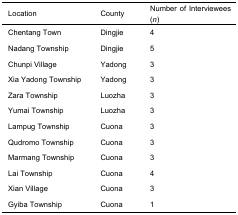
<table><thead><tr><td><b>Location</b></td><td><b>County</b></td><td><b>Number of Interviewees (<i>n</i>)</b></td></tr></thead><tbody><tr><td>Chentang Town</td><td>Dingjie</td><td>4</td></tr><tr><td>Nadang Township</td><td>Dingjie</td><td>5</td></tr><tr><td>Chunpi Village</td><td>Yadong</td><td>3</td></tr><tr><td>Xia Yadong Township</td><td>Yadong</td><td>3</td></tr><tr><td>Zara Township</td><td>Luozha</td><td>3</td></tr><tr><td>Yumai Township</td><td>Luozha</td><td>3</td></tr><tr><td>Lampug Township</td><td>Cuona</td><td>3</td></tr><tr><td>Qudromo Township</td><td>Cuona</td><td>3</td></tr><tr><td>Marmang Township</td><td>Cuona</td><td>3</td></tr><tr><td>Lai Township</td><td>Cuona</td><td>4</td></tr><tr><td>Xian Village</td><td>Cuona</td><td>3</td></tr><tr><td>Gyiba Township</td><td>Cuona</td><td>1</td></tr></tbody></table>